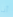
أنا